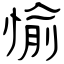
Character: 愉